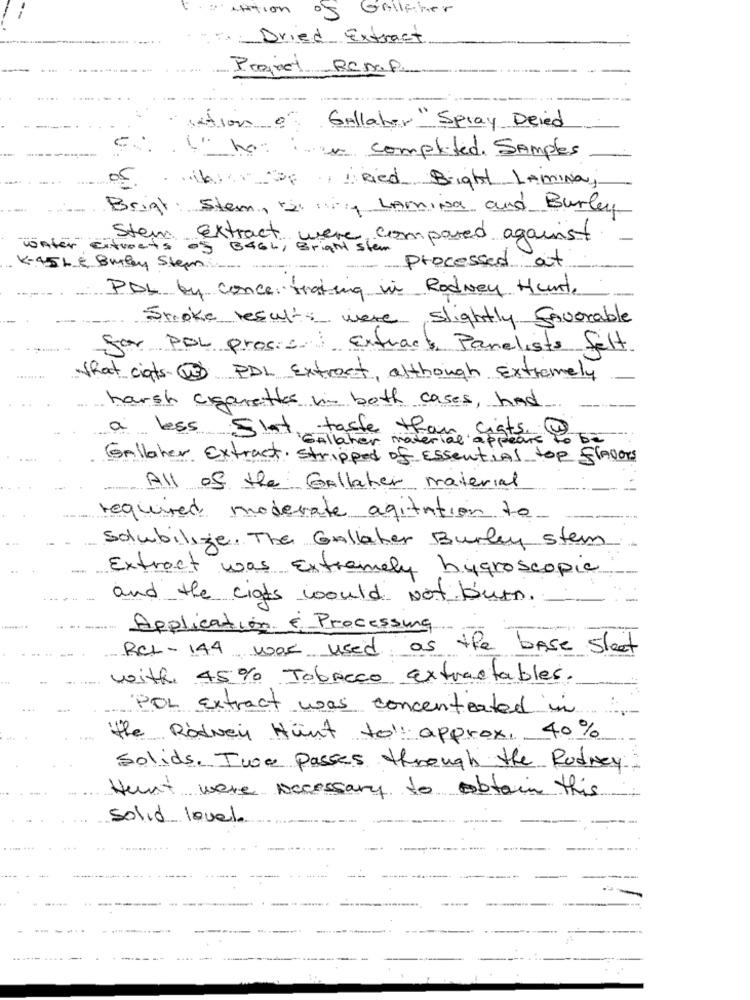
NATION
Gallaher
Dried Extract
Project RCMP
sation 0
Gallaher " Spray Deied
in completed. Samples
05
IN of Dried Bright LAmina;
Brigt: Stem, raising LAmina and Burley
Stem Extract were compared against
unter Eitweets
-5 3464 , Bright stem
K-45L & Buley Stem
processed at
PDL by concentrating in Rodney Hunt,
Smoke results were slightly favorable
-----
for PDL prosic Extract Panelists felt
that ciats. ( PDL Extract, although Extremely
harsh cigarettes in both cases, had
-
a less Slot taste than ciats @ s
Gallaher material appears
Gallaher Extract stripped of Essential top flavors
All of the Gallaher material
required moderate agitation to
Solubilize. The Gallaher Burley stem
Extract was Extremely hygroscopic
----
and the cigts would Not burn.
Application & Processing
RCh- 144 was used as the base sleet
with 45% Tobacco extractables.
POL Extract was concentrated in
the Rodney Hunt to: approx, 40%
solids. Twee passes through the Rodney
Hunt were necessary to obtain this
Solid Iquel.
----